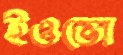
ইওভো